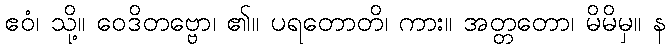
ဧဝံ၊ သို့။ ဝေဒိတဗ္ဗော၊ ၏။ ပရတောတိ၊ ကား။ အတ္တတော၊ မိမိမှ။ န